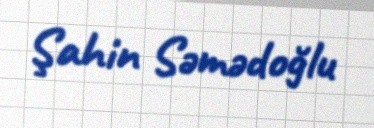
Şahin Səmədoğlu